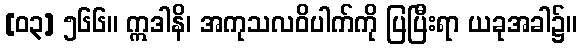
[၀၃] ၅၆၆။ ဣဒါနိ၊ အကုသလဝိပါက်ကို ပြပြီးရာ ယခုအခါ၌။